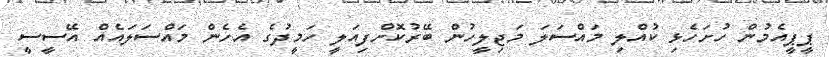
ޕީޕީއެމުން ހުށަހެޅި ކުއްލި މައްސަލަ މަޖިލީހުން ބޭރުކޮށްފިއަލީ ހަމީދުގެ އެހެން މައްސަލައެއް އޭސީސީ